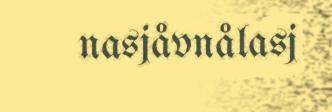
nasjåvnålasj